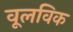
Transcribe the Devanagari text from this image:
वूलविक